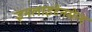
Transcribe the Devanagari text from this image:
इनलाइटेनमेन्ट